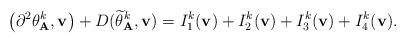
LaTeX: \begin{align*}{\displaystyle \left(\partial^{2}\theta^{k}_{\mathbf{A}},\mathbf{v}\right)+D(\widetilde{\theta}^{k}_{\mathbf{A}},\mathbf{v})= I_1^{k}(\mathbf{v})+ I_2^{k}(\mathbf{v})+ I_3^{k}(\mathbf{v})+ I_4^{k}(\mathbf{v}).}\end{align*}